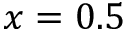
x = 0 . 5